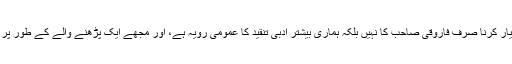
تنقید میں فیصلہ سنانے کا منصب اختیار کرنا صرف فاروقی صاحب کا نہیں بلکہ ہماری بیشتر ادبی تنقید کا عمومی رویہ ہے، اور مجھے ایک پڑھنے والے کے طور پر شروع سے اس سے اختلاف رہا ہے۔